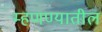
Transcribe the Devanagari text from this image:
म्हणण्यातील